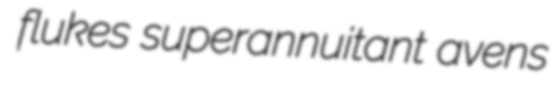
flukes superannuitant avens